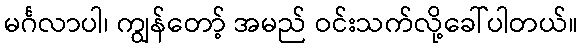
မင်္ဂလာပါ၊ ကျွန်တော့် အမည် ဝင်းသက်လို့ခေါ်ပါတယ်။